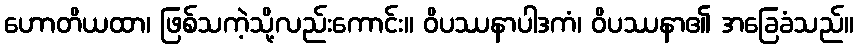
ဟောတိယထာ၊ ဖြစ်သကဲ့သို့လည်းကောင်း။ ဝိပဿနာပါဒကံ၊ ဝိပဿနာ၏ အခြေခံသည်။